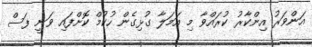
އަންވަރު އިންކާރު ކުރައްވާ މި އަމަލާ ގުޅިގެން ހުކުމް ކޮށްފައި ވަނީ ފަސް